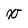
Character: x